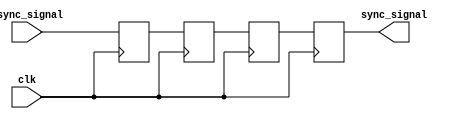
module triple_ff_synchronizer (
    input wire async_signal,  // Asynchronous input signal
    input wire clk,           // Clock signal of the synchronous domain
    output reg sync_signal     // Synchronized output signal
);

    // Internal flip-flop signals
    reg ff1, ff2, ff3;

    // Sequential logic for the triple flip-flop synchronizer
    always @(posedge clk) begin
        ff1 <= async_signal;  // First flip-flop captures the async signal
        ff2 <= ff1;           // Second flip-flop captures the output of the first
        ff3 <= ff2;           // Third flip-flop captures the output of the second
    end

    // Output the synchronized signal
    always @(posedge clk) begin
        sync_signal <= ff3;   // Final output is the output of the third flip-flop
    end

endmodule